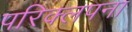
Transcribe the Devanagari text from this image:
परिक्लपना